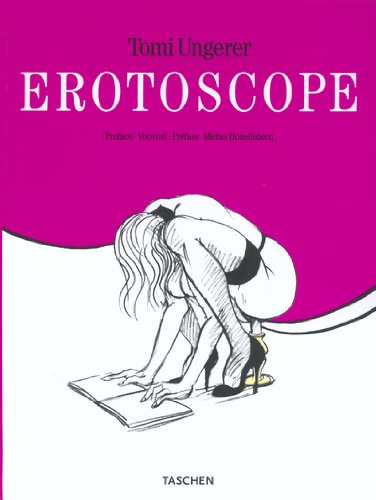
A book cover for Erotoscope Ungerer; Tomi Ungerer; Arts & Photography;